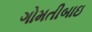
ગોમતીબાઇ